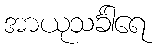
အာယုသင်္ခါရေ